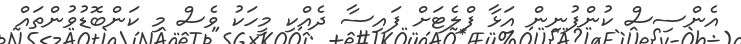
އެންސިސް ކުންފުނިން އަޅާ ފްލެޓަށް ފައިސާ ދެއްކި މީހަކު ވެސް މި ކަންބޮޑުވުންތައް